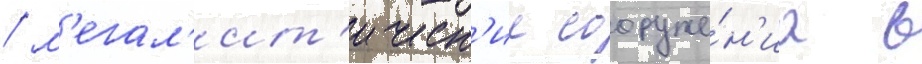
/ м'егал'ит'ическ'ие сооруже́н'иа в